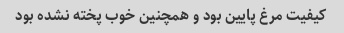
کیفیت مرغ پایین بود و همچنین خوب پخته نشده بود